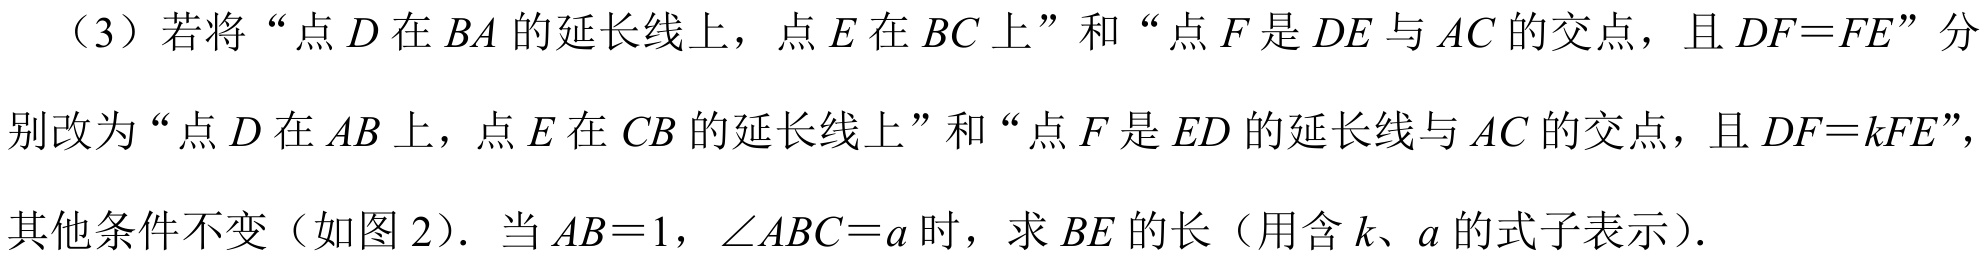
（3）若将“点$D$在$BA$的延长线上，点$E$在$BC$上”和“点$F$是$DE$与$AC$的交点，且$DF = FE$”分别改为“点$D$在$AB$上，点$E$在$CB$的延长线上”和“点$F$是$ED$的延长线与$AC$的交点，且$DF = kFE$”，其他条件不变（如图 2）. 当$AB = 1$，$\angle ABC = a$时，求$BE$的长（用含$k$、$a$的式子表示）.